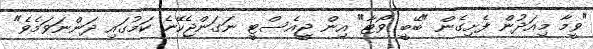
"ވީމާ މިއަދުން ފެށިގެން "ބޭބީ ވޯޓާ" އިން ޖީއެސްޓީ ނަގަންޖެހޭނެ ކަމުގައި ދަންނަވަމެވެ"